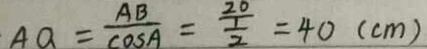
A a = \frac { A B } { \cos A } = \frac { 2 0 } { \frac { 1 } { 2 } } = 4 0 ( c m )